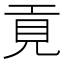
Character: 𢀢